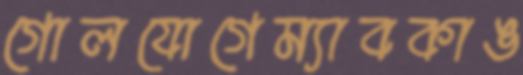
গোলযোগেম্যাবকাঙ